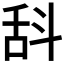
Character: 𣁳